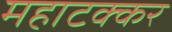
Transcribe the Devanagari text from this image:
महाटक्कर